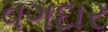
વગદાર